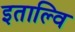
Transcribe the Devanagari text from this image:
इताल्वि